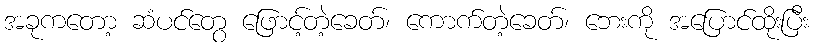
အခုကတော့ ဆံပင်တွေ ဖြောင့်တဲ့ခေတ်၊ ကောက်တဲ့ခေတ်၊ ဘေးကို အပြောင်ထိုးပြီး